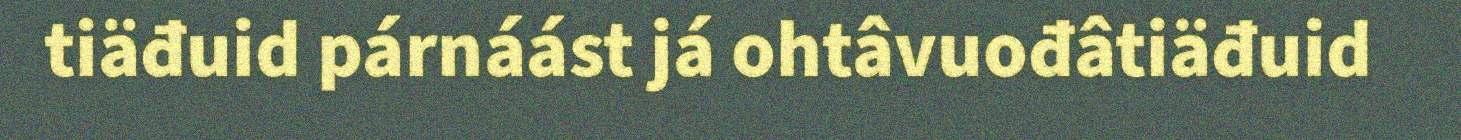
tiäđuid párnáást já ohtâvuođâtiäđuid